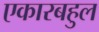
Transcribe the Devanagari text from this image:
एकारबहुल